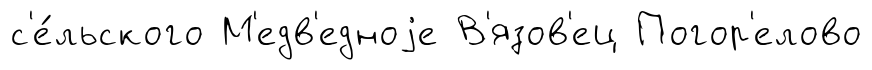
с'е́льского М'едв'едноjе В'язов'ец Погор'елово